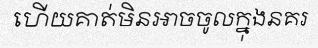
ហើយគាត់មិនអាចចូលក្នុងនគរ